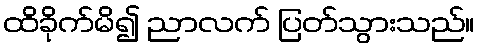
ထိခိုက်မိ၍ ညာလက် ပြတ်သွားသည်။